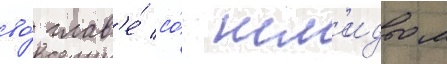
во́ глав'е́ со́ шм'идтом